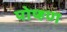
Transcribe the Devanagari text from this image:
पोष्हण